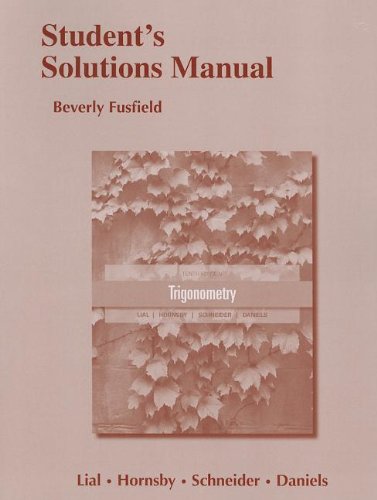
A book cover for Student's Solutions Manual for Trigonometry; Margaret L. Lial; Science & Math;